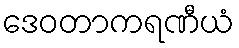
ဒေဝတာကရဏီယံ